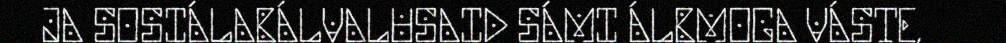
JA SOSIÁLABÁLVALUSAID SÁMI ÁLBMOGA VÁSTE,